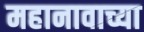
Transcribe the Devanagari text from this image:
महानावाच्या